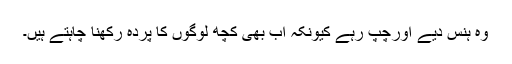
وہ ہنس دیے اورچپ رہے کیونکہ اب بھی کچھ لوگوں کا پردہ رکھنا چاہتے ہیں۔